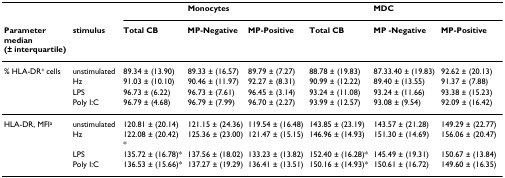
<table><thead><tr><td>[EMPTY_CELL]</td><td>[EMPTY_CELL]</td><td>[EMPTY_CELL]</td><td><b>Monocytes</b></td><td>[EMPTY_CELL]</td><td>[EMPTY_CELL]</td><td><b>MDC</b></td><td>[EMPTY_CELL]</td></tr><tr><td><b>Parametermedian (± interquartile)</b></td><td><b>stimulus</b></td><td><b>Total CB</b></td><td><b>MP-Negative</b></td><td><b>MP-Positive</b></td><td><b>Total CB</b></td><td><b>MP -Negative</b></td><td><b>MP-Positive</b></td></tr></thead><tbody><tr><td>% HLA-DR<sup>+ </sup>cells</td><td>unstimulated</td><td>89.34 ± (13.90)</td><td>89.33 ± (16.57)</td><td>89.79 ± (7.27)</td><td>88.78 ± (19.83)</td><td>87.33.40 ± (19.83)</td><td>92.62 ± (20.13)</td></tr><tr><td>[EMPTY_CELL]</td><td>Hz</td><td>91.03 ± (10.10)</td><td>90.46 ± (11.97)</td><td>92.27 ± (8.31)</td><td>90.99 ± (12.22)</td><td>89.40 ± (13.55)</td><td>91.37 ± (7.88)</td></tr><tr><td>[EMPTY_CELL]</td><td>LPS</td><td>96.73 ± (6.22)</td><td>96.73 ± (7.61)</td><td>96.45 ± (3.14)</td><td>93.24 ± (11.08)</td><td>93.24 ± (11.66)</td><td>93.38 ± (15.23)</td></tr><tr><td>[EMPTY_CELL]</td><td>Poly I:C</td><td>96.79 ± (4.68)</td><td>96.79 ± (7.99)</td><td>96.70 ± (2.27)</td><td>93.99 ± (12.57)</td><td>93.08 ± (9.54)</td><td>92.09 ± (16.42)</td></tr><tr><td>HLA-DR, MFI<sup>a</sup></td><td>unstimulated</td><td>120.81 ± (20.14)</td><td>121.15 ± (24.36)</td><td>119.54 ± (16.48)</td><td>143.85 ± (23.19)</td><td>143.57 ± (21.28)</td><td>149.29 ± (22.77)</td></tr><tr><td>[EMPTY_CELL]</td><td>Hz</td><td>122.08 ± (20.42) *</td><td>125.36 ± (23.00)</td><td>121.47 ± (15.15)</td><td>146.96 ± (14.93)</td><td>151.30 ± (14.69)</td><td>156.06 ± (20.47)</td></tr><tr><td>[EMPTY_CELL]</td><td>LPS</td><td>135.72 ± (16.78)*</td><td>137.56 ± (18.02)</td><td>133.23 ± (13.82)</td><td>152.40 ± (16.28)*</td><td>145.49 ± (19.31)</td><td>150.67 ± (13.84)</td></tr><tr><td>[EMPTY_CELL]</td><td>Poly I:C</td><td>136.53 ± (15.66)*</td><td>137.27 ± (19.29)</td><td>136.41 ± (13.51)</td><td>150.16 ± (14.93)*</td><td>150.61 ± (16.72)</td><td>149.60 ± (16.35)</td></tr></tbody></table>